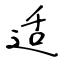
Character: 适